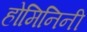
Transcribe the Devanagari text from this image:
होमिनिनी